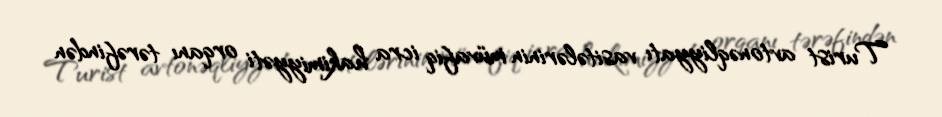
Turist avtonəqliyyatı vasitələrinin müvafiq icra hakimiyyəti orqanı tərəfindən